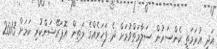
އަދި އުރަމަތީ ކެންސަރުން ސަލާމަތްވުމަށް ދެ ފަހަރެއްގެ މަތިން އޮޕަރޭޝަންކުރި ކަމަށް 2013